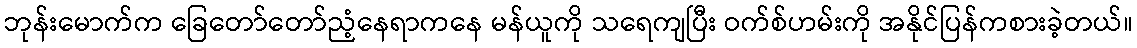
ဘုန်းမောက်က ခြေတော်တော်ညံ့နေရာကနေ မန်ယူကို သရေကျပြီး ဝက်စ်ဟမ်းကို အနိုင်ပြန်ကစားခဲ့တယ်။